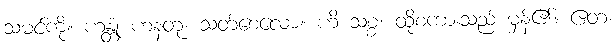
သမင်ကို။ ဟန္တုံ ဟနတု၊ သတ်စေလော။ ဟိ သစ္စံ၊ ထိုစကားသည် မှန်၏။ ဧတံ၊